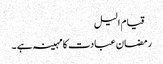
 قیام الیل
رمضان عبادت کا مہینہ ہے ۔